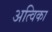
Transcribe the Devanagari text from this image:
अत्विका